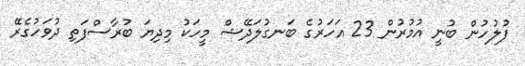
ފުލުހުން ބުނީ އުމުރުން 23 އަހަރުގެ ބަނގުލަދޭޝް މީހަކު މިދިޔަ ބުރާސްފަތި ދުވަހުގެރޭ